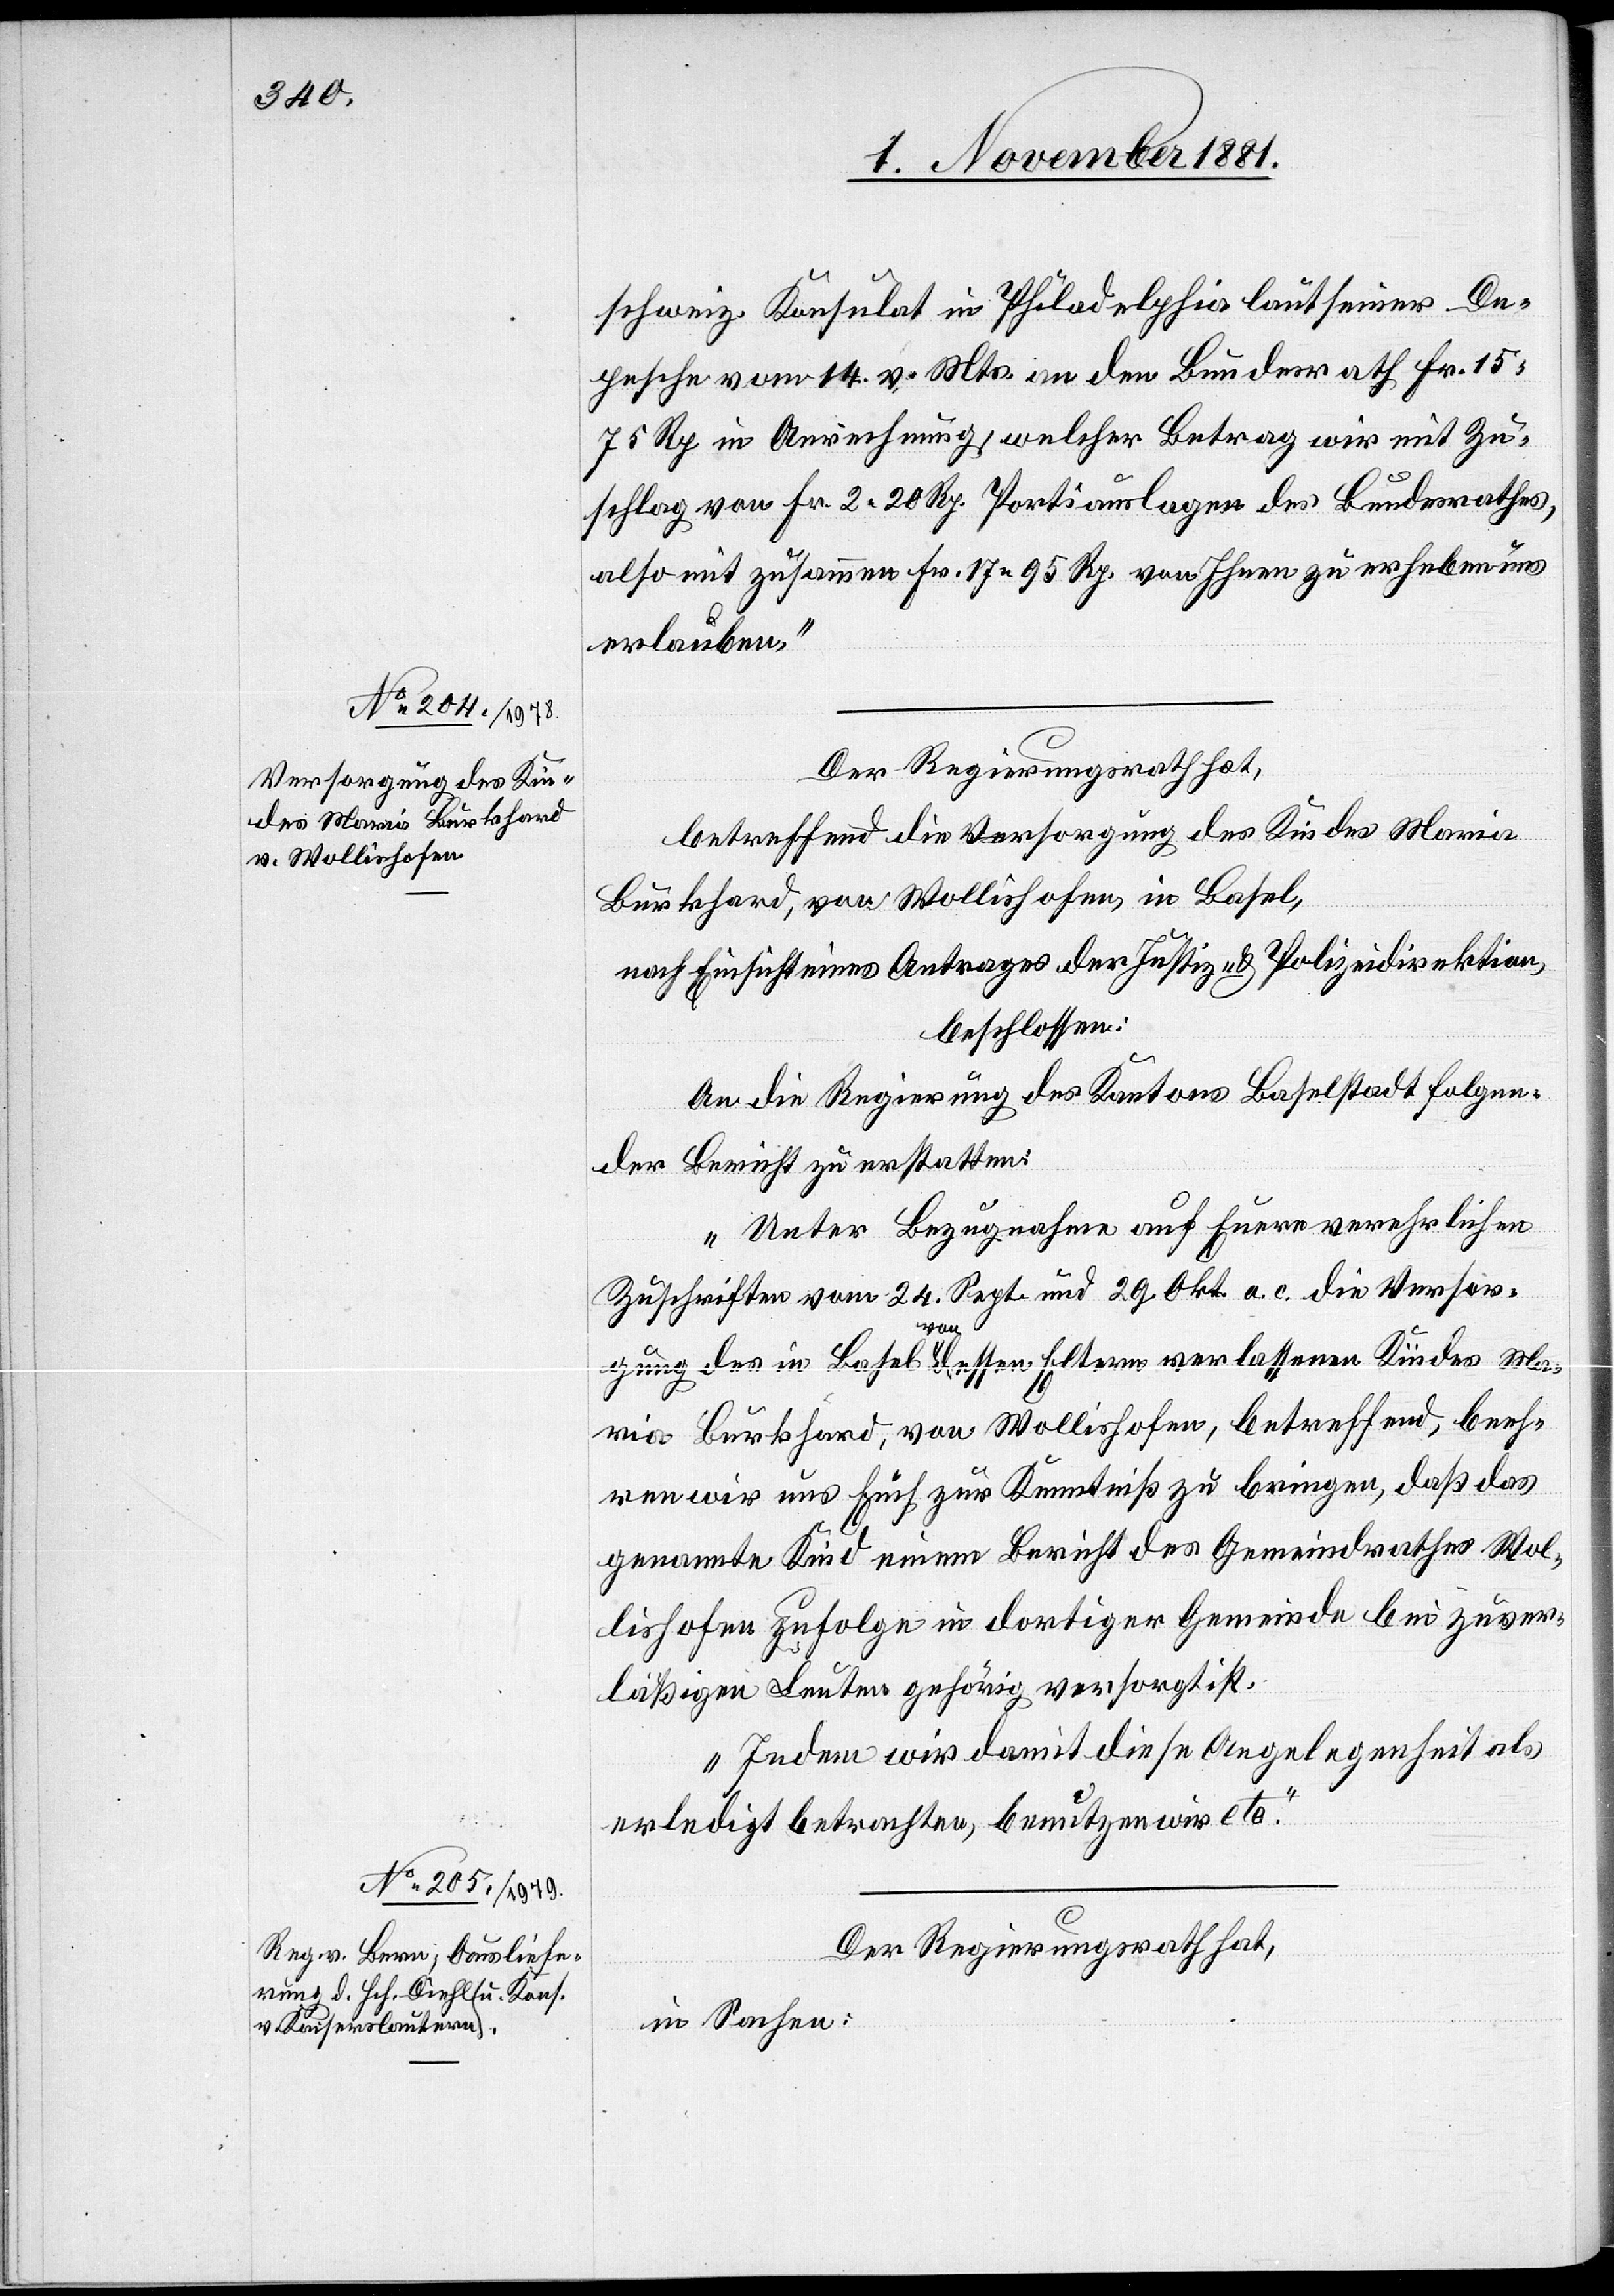
schweiz. Konsulat in Philadelphia laut seiner De¬
pesche vom 14. v. Mts. an den Bundesrath Fr. 15
75 Rp. in Anrechnung, welcher Betrag wir mit Zu¬
schlag von Fr. 2 20 Rp. Portiauslagen des Bundesrathes,
also mit zusammen Fr. 17 95 Rp. von Ihnen zu erheben uns
erlauben.“
Der Regierungsrath hat,
betreffend die Versorgung des Kindes Mario
Burkhard, von Wollishofen, in Basel,
nach Einsicht eines Antrages der Justiz- & Polizeidirektion,
beschlossen:
An die Regierung des Kantons Baselstadt folgen¬
der Bericht zu erstatten:
„Unter Bezugnahme auf Eure verehrlichen
Zuschriften vom 24. Sept. und 29. Okt. a. c. die Versor¬
gung des in Basel von dessen Eltern verlassenen Kindes Ma¬
rio Burkhard, von Wollishofen, betreffend, beeh¬
ren wir uns Euch zur Kenntniß zu bringen, daß das
genannte Kind einem Bericht des Gemeindrathes Wol¬
lishofen zufolge in dortiger Gemeinde bei zuver¬
läßigen Leuten gehörig versorgt ist.
Indem wir damit diese Angelegenheit als
erledigt betrachten, benutzen wir etc.“
Der Regierungsrath hat,
in Sachen: